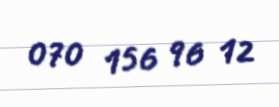
070 156 96 12